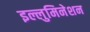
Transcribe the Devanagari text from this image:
इल्लुमिनेशन